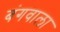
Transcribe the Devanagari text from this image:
बंगवाला